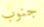
جنوب